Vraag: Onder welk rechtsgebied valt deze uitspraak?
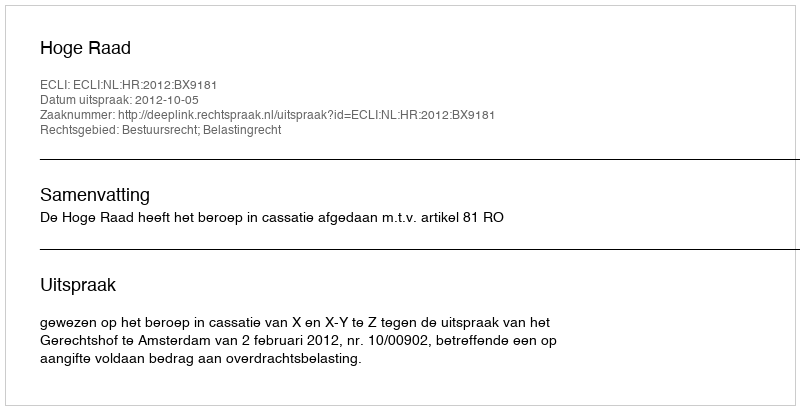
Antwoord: Bestuursrecht; Belastingrecht